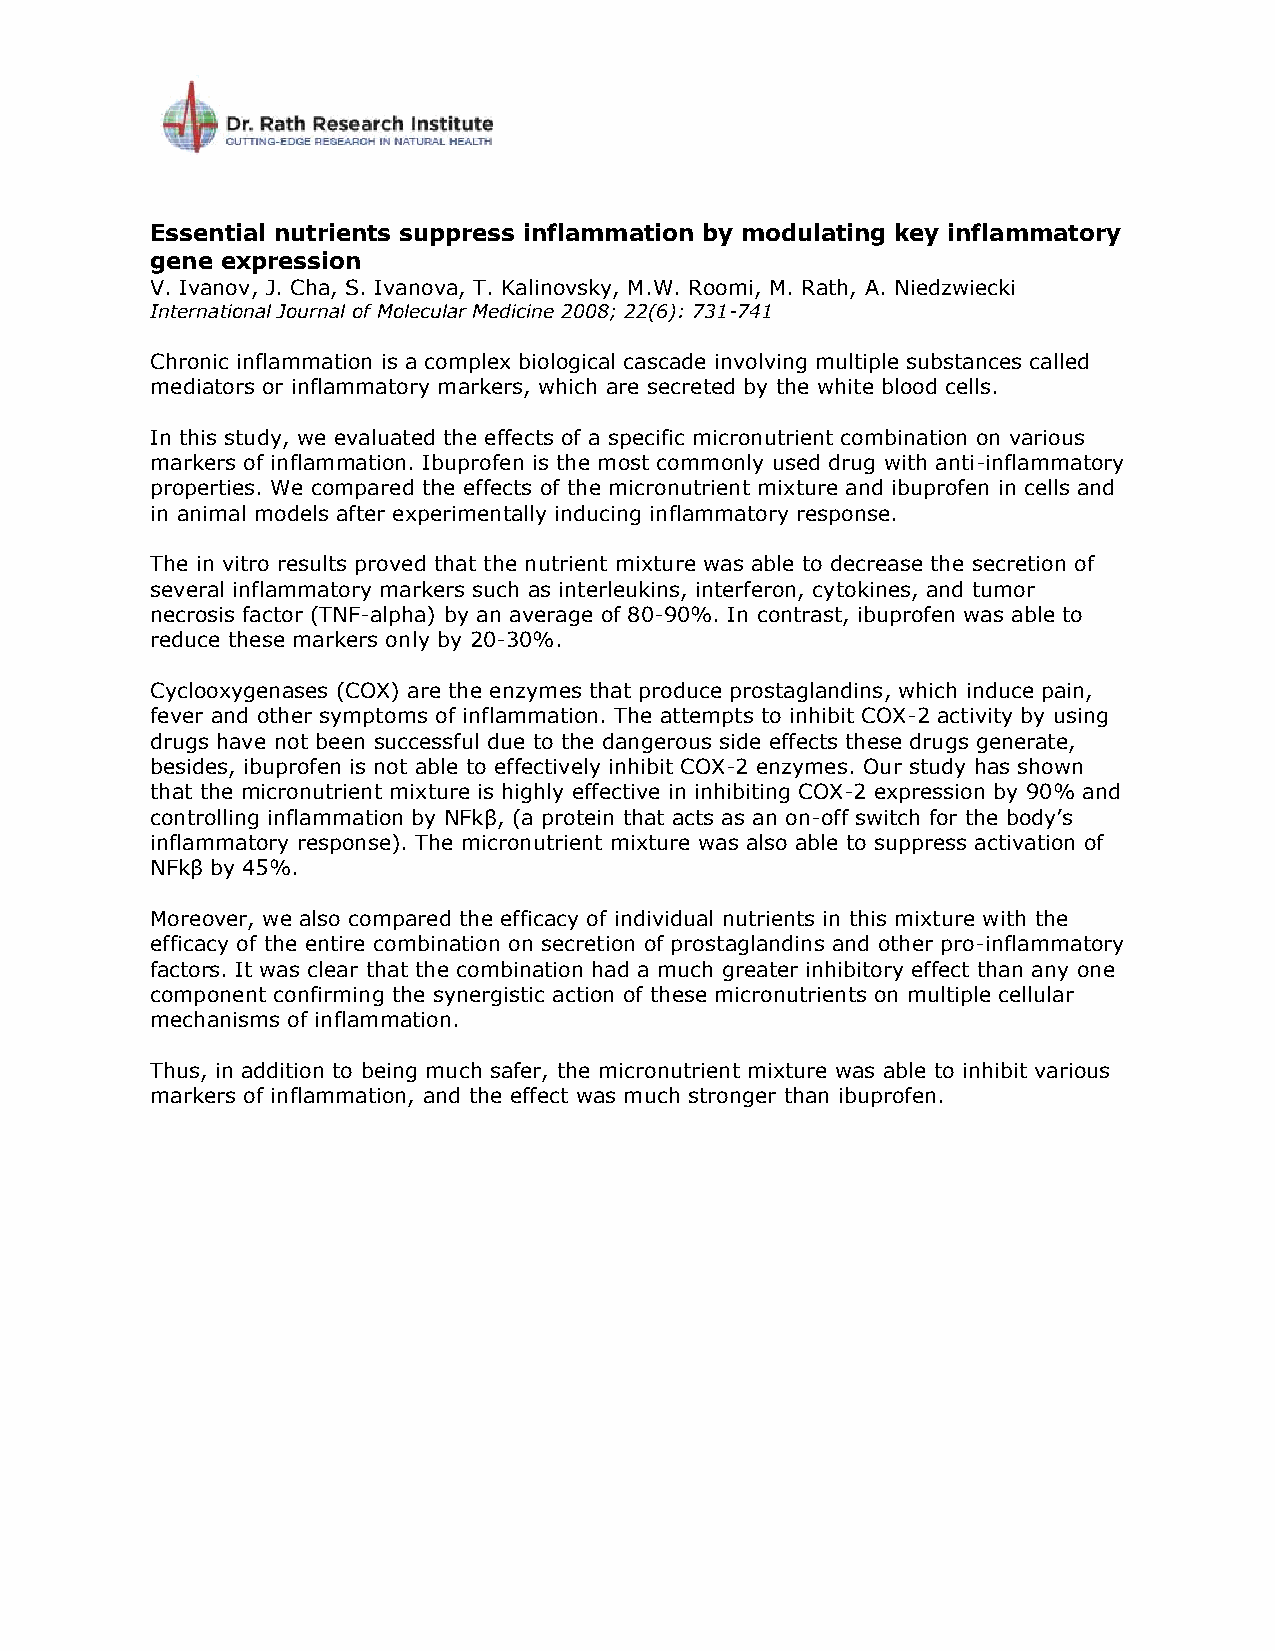
Essential nutrients suppress inflammation by modulating key inflammatory
 gene expression
 V. Ivanov, J. Cha, S. Ivanova, T. Kalinovsky, M.W. Roomi, M. Rath, A. Niedzwiecki
 International Journal of Molecular Medicine 2008; 22(6): 731-741
 Chronic inflammation is a complex biological cascade involving multiple substances called
 mediators or inflammatory markers, which are secreted by the white blood cells.
 In this study, we evaluated the effects of a specific micronutrient combination on various
 markers of inflammation. Ibuprofen is the most commonly used drug with anti-inflammatory
 properties. We compared the effects of the micronutrient mixture and ibuprofen in cells and
 in animal models after experimentally inducing inflammatory response.
 The in vitro results proved that the nutrient mixture was able to decrease the secretion of
 several inflammatory markers such as interleukins, interferon, cytokines, and tumor
 necrosis factor (TNF-alpha) by an average of 80-90%. In contrast, ibuprofen was able to
 reduce these markers only by 20-30%.
 Cyclooxygenases (COX) are the enzymes that produce prostaglandins, which induce pain,
 fever and other symptoms of inflammation. The attempts to inhibit COX-2 activity by using
 drugs have not been successful due to the dangerous side effects these drugs generate,
 besides, ibuprofen is not able to effectively inhibit COX-2 enzymes. Our study has shown
 that the micronutrient mixture is highly effective in inhibiting COX-2 expression by 90% and
 controlling inflammation by NFkβ, (a protein that acts as an on-off switch for the body’s
 inflammatory response). The micronutrient mixture was also able to suppress activation of
 NFkβ by 45%.
 Moreover, we also compared the efficacy of individual nutrients in this mixture with the
 efficacy of the entire combination on secretion of prostaglandins and other pro-inflammatory
 factors. It was clear that the combination had a much greater inhibitory effect than any one
 component confirming the synergistic action of these micronutrients on multiple cellular
 mechanisms of inflammation.
 Thus, in addition to being much safer, the micronutrient mixture was able to inhibit various
 markers of inflammation, and the effect was much stronger than ibuprofen.